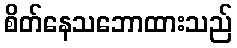
စိတ်နေသဘောထားသည်